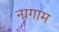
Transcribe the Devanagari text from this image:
नागाम